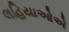
લહિયાઓએ